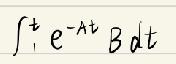
\(\int_{t_1}^{t} e^{-A\tau} B d\tau\)